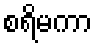
စရိမကာ